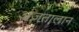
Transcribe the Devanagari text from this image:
अज़तालान